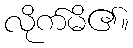
လိုက်မိ၏။